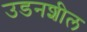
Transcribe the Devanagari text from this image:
उडनशील